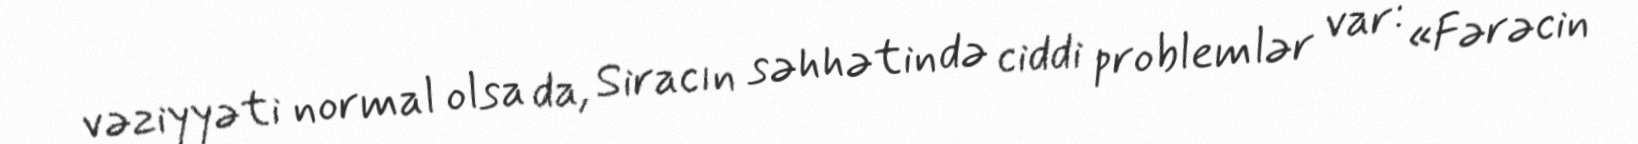
vəziyyəti normal olsa da, Siracın səhhətində ciddi problemlər var: «Fərəcin